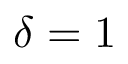
\delta = 1